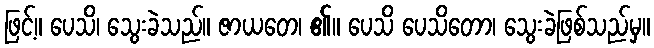
ဖြင့်။ ပေသိ၊ သွေးခဲသည်။ ဇာယတေ၊ ၏။ ပေသိ ပေသိတော၊ သွေးခဲဖြစ်သည်မှ။